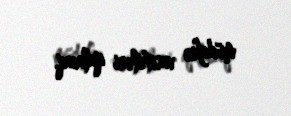
müdafiə vasitələri qalacaq.